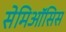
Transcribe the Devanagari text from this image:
सेमिऑसिस